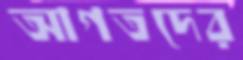
আগতদের